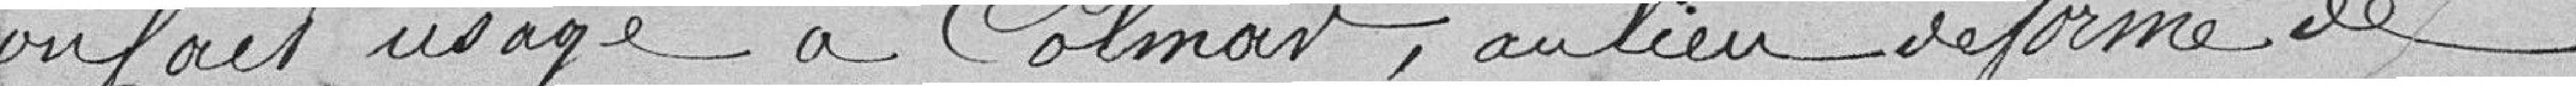
on fait usage à Colmar, au lieu de forme de